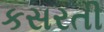
કસરતી